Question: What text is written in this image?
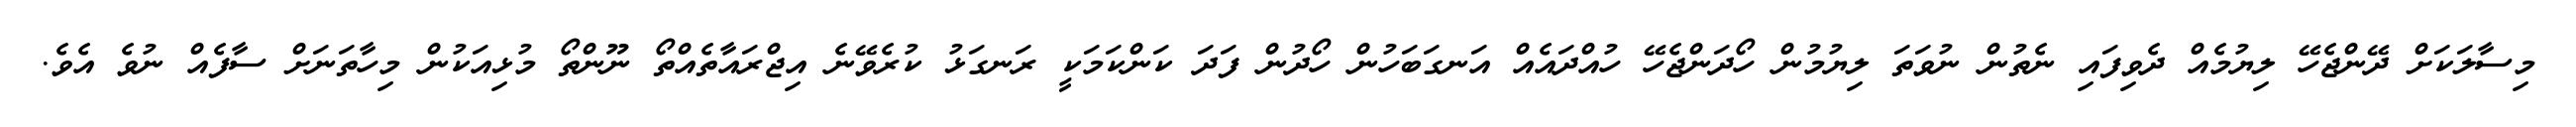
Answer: މިސާލަކަށް ދޭންޖެހޭ ލިޔުމެއް ދެވިފައި ނެތުން ނުވަތަ ލިޔުމުން ހޯދަންޖެހޭ ހުއްދައެއް އަނގަބަހުން ހޯދުން ފަދަ ކަންކަމަކީ ރަނގަޅު ކުރެވޭނެ އިޖްރައާތެއްތޯ ނޫންތޯ މުޅިއަކުން މިހާތަނަށް ސާފެއް ނުވެ އެވެ.